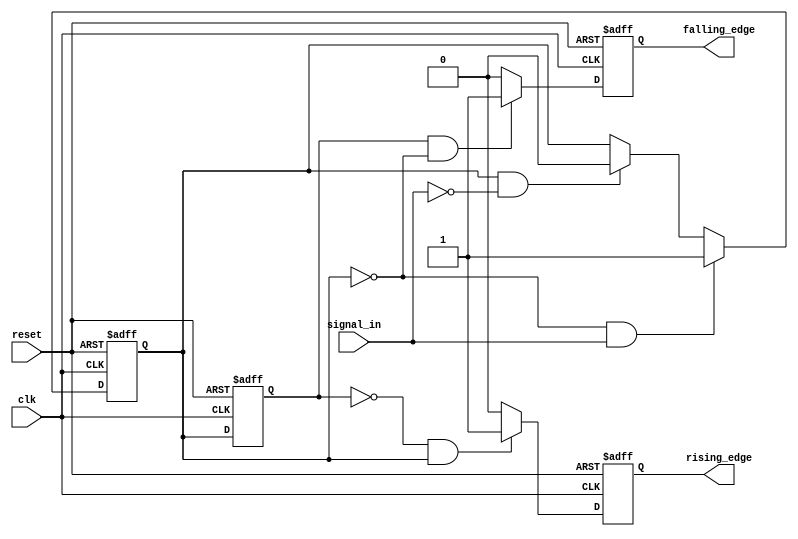
module SchmittTriggerEdgeDetector (
    input wire clk,              // Clock signal
    input wire reset,            // Asynchronous reset signal
    input wire signal_in,        // Input signal to be monitored
    output reg rising_edge,      // Output pulse for rising edge detection
    output reg falling_edge      // Output pulse for falling edge detection
);

    // Parameters for Schmitt Trigger thresholds
    parameter THRESHOLD_H = 1'b1; // High threshold
    parameter THRESHOLD_L = 1'b0; // Low threshold

    // State registers
    reg signal_in_prev;           // Previous state of the input signal
    reg signal_in_stable;         // Stable state of the input signal

    // Schmitt Trigger logic
    always @(posedge clk or posedge reset) begin
        if (reset) begin
            signal_in_stable <= THRESHOLD_L; // Initialize stable state to low
        end else begin
            // Update stable state based on input signal
            if (signal_in_stable == THRESHOLD_L && signal_in == THRESHOLD_H) begin
                signal_in_stable <= THRESHOLD_H; // Transition to high
            end else if (signal_in_stable == THRESHOLD_H && signal_in == THRESHOLD_L) begin
                signal_in_stable <= THRESHOLD_L; // Transition to low
            end
        end
    end

    // Edge detection logic
    always @(posedge clk or posedge reset) begin
        if (reset) begin
            rising_edge <= 1'b0;       // Clear rising edge pulse
            falling_edge <= 1'b0;      // Clear falling edge pulse
            signal_in_prev <= THRESHOLD_L; // Initialize previous state
        end else begin
            // Detect rising edge
            if (signal_in_prev == THRESHOLD_L && signal_in_stable == THRESHOLD_H) begin
                rising_edge <= 1'b1;     // Set rising edge pulse
            end else begin
                rising_edge <= 1'b0;     // Clear rising edge pulse
            end

            // Detect falling edge
            if (signal_in_prev == THRESHOLD_H && signal_in_stable == THRESHOLD_L) begin
                falling_edge <= 1'b1;     // Set falling edge pulse
            end else begin
                falling_edge <= 1'b0;      // Clear falling edge pulse
            end

            // Update previous state
            signal_in_prev <= signal_in_stable;
        end
    end

endmodule